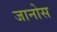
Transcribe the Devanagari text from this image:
जानोस